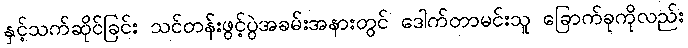
နှင့်သက်ဆိုင်ခြင်း သင်တန်းဖွင့်ပွဲအခမ်းအနားတွင် ဒေါက်တာမင်းသူ ခြောက်ခုကိုလည်း